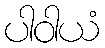
ပါဝါယံ